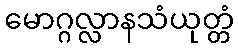
မောဂ္ဂလ္လာနသံယုတ္တံ